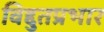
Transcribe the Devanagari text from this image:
विद्दुतप्रभार